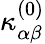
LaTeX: {\kappa}_{\alpha\beta}^{(0)}